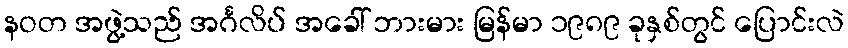
နဝတ အဖွဲ့သည် အင်္ဂလိပ် အခေါ် ဘားမား မြန်မာ ၁၉၈၉ ခုနှစ်တွင် ပြောင်းလဲ